Annual report of the Punjab Veterinary College and of the Civil Veterinary Department, Punjab - 1909-1919
Year: 1909
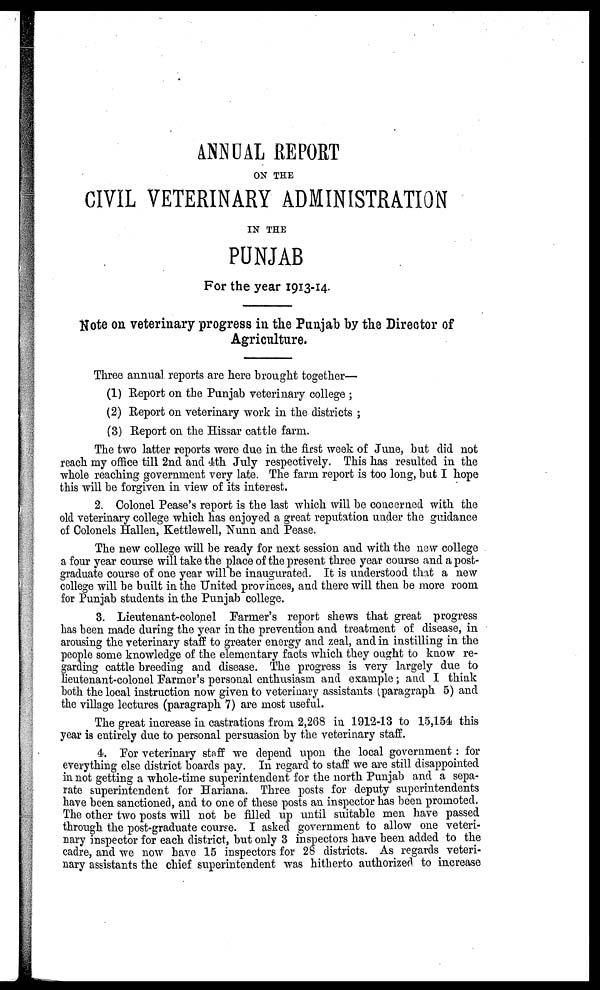
ANNUAL REPORT
ON THE
CIVIL VETERINARY ADMINISTRATION
IN THE
PUNJAB
For the year 1913-14.
Note on veterinary progress in the Punjab by the Director of
Agriculture.
Three annual reports are here brought together—
(1) Report on the Punjab veterinary college;
(2) Report on veterinary work in the districts;
(3) Report on the Hissar cattle farm.
The two latter reports were due in the first week of June, but did not
reach my office till 2nd and 4th July respectively. This has resulted in the
whole reaching government very late. The farm report is too long, but I hope
this will be forgiven in view of its interest.
2. Colonel Pease's report is the last which will be concerned with the
old veterinary college which has enjoyed a great reputation under the guidance
of Colonels Hallen, Kettlewell, Nunn and Pease.
The new college will be ready for next session and with the new college
a four year course will take the place of the present three year course and a post-
graduate course of one year will be inaugurated. It is understood that a new
college will be built in the United provinces, and there will then be more room
for Punjab students in the Punjab college.
3. Lieutenant-colonel Farmer's report shews that great progress
has been made during the year in the prevention and treatment of disease, in
arousing the veterinary staff to greater energy and zeal, and in instilling in the
people some knowledge of the elementary facts which they ought to know re-
garding cattle breeding and disease. The progress is very largely due to
lieutenant-colonel Farmer's personal enthusiasm and example; and I think
both the local instruction now given to veterinary assistants (paragraph 5) and
the village lectures (paragraph 7) are most useful.
The great increase in castrations from 2,268 in 1912-13 to 15,154 this
year is entirely due to personal persuasion by the veterinary staff.
4. For veterinary staff we depend upon the local government: for
everything else district boards pay. In regard to staff we are still disappointed
in not getting a whole-time superintendent for the north Punjab and a sepa-
rate superintendent for Hariana. Three posts for deputy superintendents
have been sanctioned, and to one of these posts an inspector has been promoted.
The other two posts will not be filled up until suitable men have passed
through the post-graduate course. I asked government to allow one veteri-
nary inspector for each district, but only 3 inspectors have been added to the
cadre, and we now have 15 inspectors for 28 districts. As regards veteri-
nary assistants the chief superintendent was hitherto authorized to increase